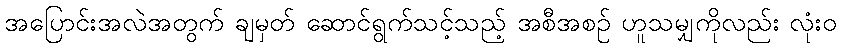
အပြောင်းအလဲအတွက် ချမှတ် ဆောင်ရွက်သင့်သည့် အစီအစဉ် ဟူသမျှကိုလည်း လုံးဝ